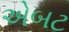
એબટ